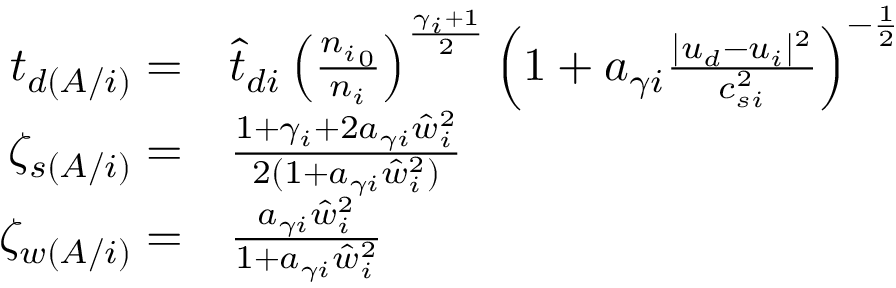
\begin{array} { r l } { t _ { d ( A / i ) } = } & { \hat { t } _ { d i } \left( \frac { { n _ { i } } _ { 0 } } { { n _ { i } } } \right) ^ { \frac { \gamma _ { i } + 1 } { 2 } } \left( 1 + a _ { \gamma i } \frac { | { u _ { d } } - { u _ { i } } | ^ { 2 } } { c _ { s i } ^ { 2 } } \right) ^ { - \frac 1 2 } } \\ { \zeta _ { s ( A / i ) } = } & { \frac { 1 + \gamma _ { i } + 2 a _ { \gamma i } \hat { w } _ { i } ^ { 2 } } { 2 ( 1 + a _ { \gamma i } \hat { w } _ { i } ^ { 2 } ) } } \\ { \zeta _ { w ( A / i ) } = } & { \frac { a _ { \gamma i } \hat { w } _ { i } ^ { 2 } } { 1 + a _ { \gamma i } \hat { w } _ { i } ^ { 2 } } } \end{array}